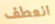
انعطف